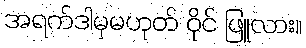
အရက်ဒါမှမဟုတ် ဝိုင် ဖြူလား။